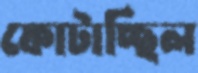
ফোটাচ্ছিল